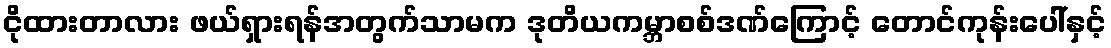
ငိုထားတာလား ဖယ်ရှားရန်အတွက်သာမက ဒုတိယကမ္ဘာစစ်ဒဏ်ကြောင့် တောင်ကုန်းပေါ်နှင့်